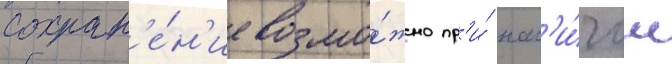
сохран'е́н'ие возмо́жно пр'и́ нал'и́чии